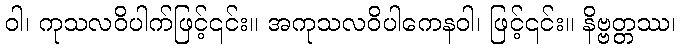
ဝါ၊ ကုသလဝိပါက်ဖြင့်၎င်း။ အကုသလဝိပါကေနဝါ၊ ဖြင့်၎င်း။ နိဗ္ဗတ္တဿ၊